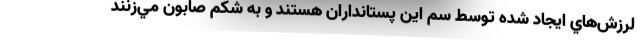
لرزش‌هاي ايجاد شده توسط سم اين پستانداران هستند و به شكم صابون مي‌زنند